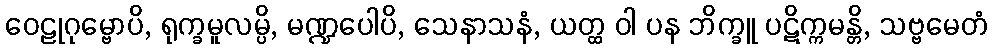
ဝေဠုဂုမ္ဗောပိ, ရုက္ခမူလမ္ပိ, မဏ္ဍပေါပိ, သေနာသနံ, ယတ္ထ ဝါ ပန ဘိက္ခူ ပဋိက္ကမန္တိ, သဗ္ဗမေတံ